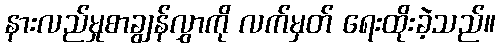
နားလည်မှုစာချွန်လွှာကို လက်မှတ် ရေးထိုးခဲ့သည်။